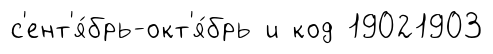
с'ент'я́брь-окт'я́брь и код 19021903